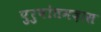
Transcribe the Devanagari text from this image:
पुरुषोतमदास